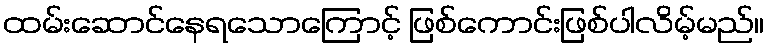
ထမ်းဆောင်နေရသောကြောင့် ဖြစ်ကောင်းဖြစ်ပါလိမ့်မည်။